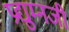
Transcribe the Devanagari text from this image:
प्रद्युम्नजी